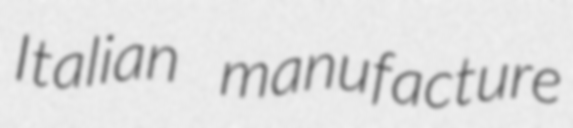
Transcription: Italian manufacture